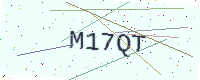
Text: M17QT